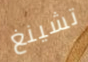
تشينغ